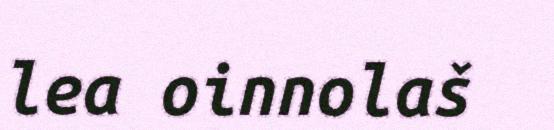
lea oinnolaš